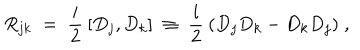
R _ { j k } \; = \; \frac { i } { 2 } \: [ D _ { j } , D _ { k } ] \; \equiv \; \frac { i } { 2 } \: ( D _ { j } D _ { k } - D _ { k } D _ { j } ) \; ,